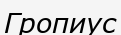
Гропиус